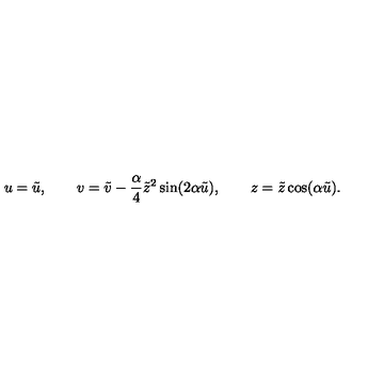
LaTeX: u = \tilde { u } , \qquad v = \tilde { v } - \frac { \alpha } { 4 } \tilde { z } ^ { 2 } \sin ( 2 \alpha \tilde { u } ) , \qquad z = \tilde { z } \cos ( \alpha \tilde { u } ) .